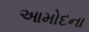
આમોદના